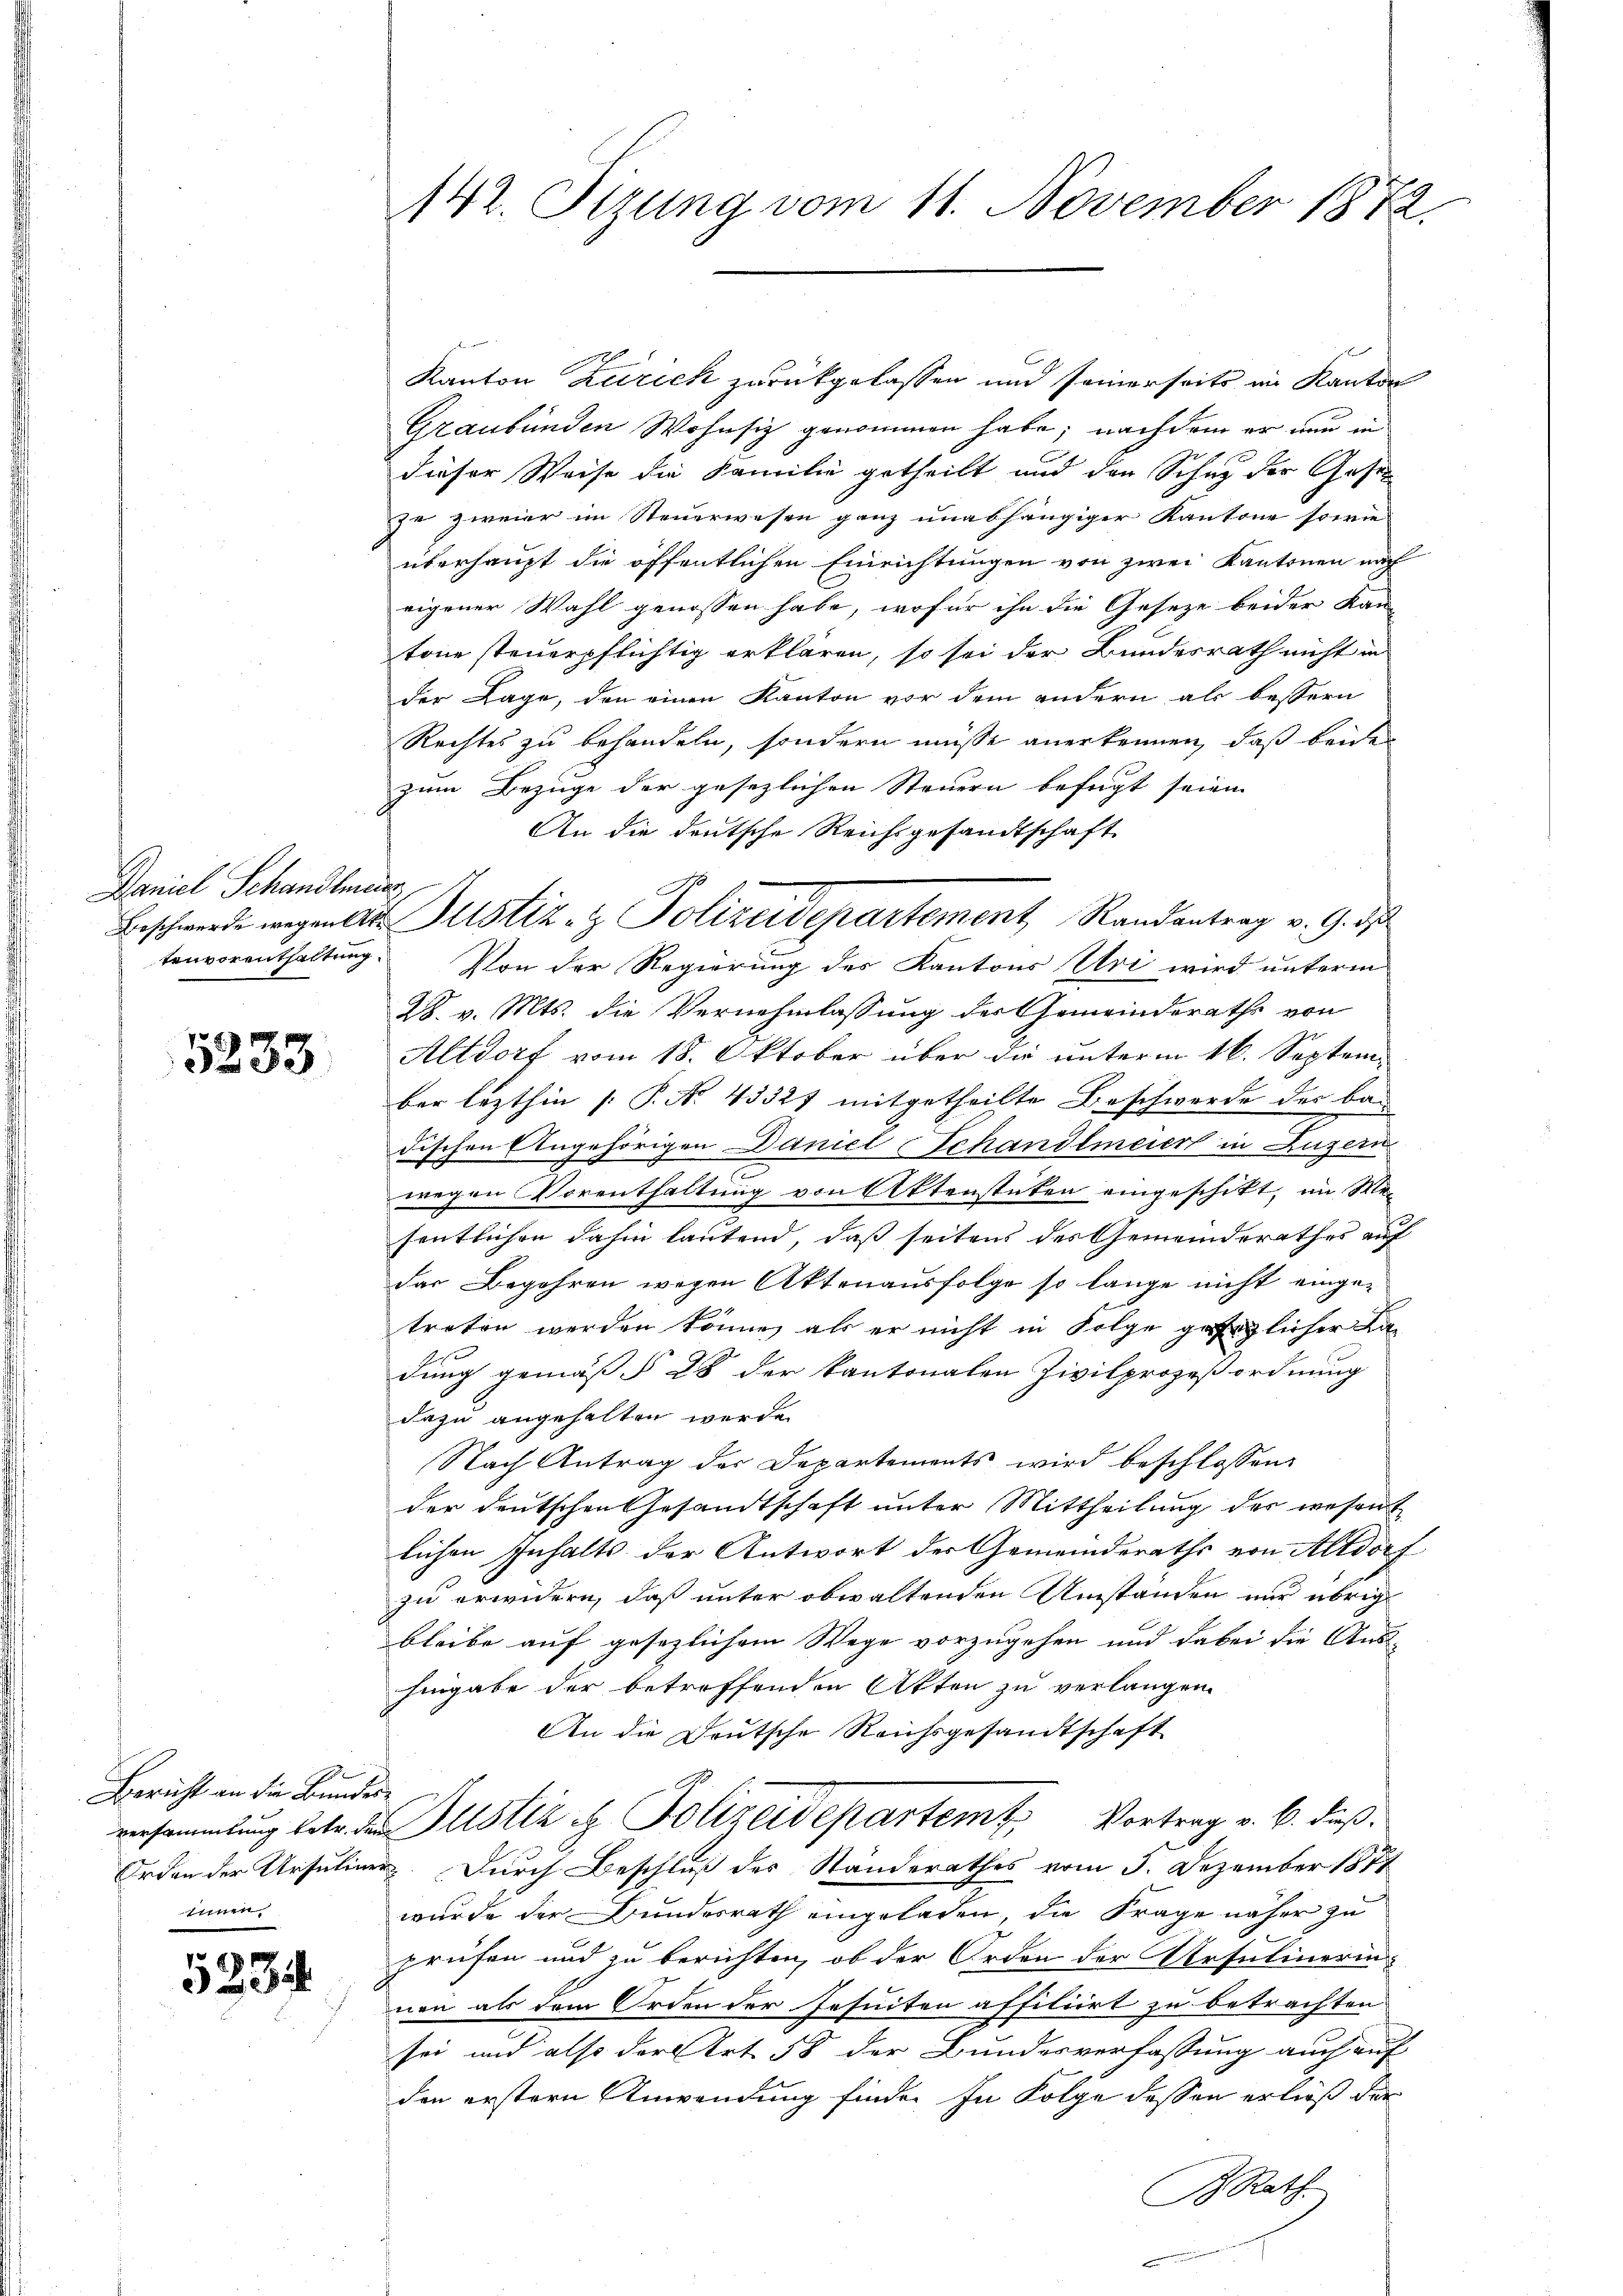
Daniel Schandlung
tenvorenthaltung.

5233.

Bericht an die Bundessimmen.

5234

Kanton Zurick zurückgelassen und seinerseits im Kanton
Graubünden Wohnsiz genommen habe; nachdem er nun in
dieser Weise die Familie getheilt und den Schutz der Geset
ze zweier im Steuerwesen ganz unabhängiger Kantone sowie
überhaupt die öffentlichen Einrichtungen von zwei Kantonen nach
eigener Wahl genossen habe, wofür ihn die Geseze beider Kan
tone steuerpflichtig erklären, so sei der Bundesrath nicht in
der Lage, den einen Kanton vor dem andern als bessern
Rechtes zu behandeln, sondern müsse anerkennen, daß beide
zum Bezuge der gesezlichen Steuern befugt seien.
An die deutsche Reichsgesandtschaft
Von der Regierung des Kantons Uri wird unterm
28. v. Mts. die Vernehmlassung der Gemeinderaths von
Altdorf vom 18. Oktober über die unterm 16. September lezthin (: P. No. 43327 mitgetheilte Beschwerde der ba
dischen Angehörigen Daniel Schandlmeiert in Luzern
.
wegen Vorenthaltung von Aktensteten eingeschikt, im Wesentlichen dahin lautend, daß seitens des Gemeinderathes auf
das Begehren wegen Aktenausfolge so lange nicht eingetreten werden könne, als er nicht in Folge gesezlicher a
dung gemäß § 28 der kantonalen Zivilprozeßordnung
dazu angehalten werde.
Nach Antrag der Departements wird beschlossen:
der deutschen Gesandtschaft unter Mittheilung der wesent
lichen Inhalts der Antwort der Gemeinderaths von Altdorf
zu erwidern, daß unter obwaltenden Umstanden nur übrig
bleibe auf gesezlichem Wege vorzugehen und dabei die Aus-
hingabe der betreffenden Akten zu verlangen
An die Deutsche Reichsgesandtschaft
versammlung betr. der Justiz u. Polizeidepartem Vortrag v. 6. dieß¬
Orden der Ursuliner. Durch Beschluß des Standerathes vom 5. Dezember 1874
wurde der Bundesrath eingeladen, die Frage näher zu
prüfen und zu berichten, ob der Orden der Ursulinerin-
nen als dem Orden der Jesuiten affiliirt zu betrachten
sei und also der Art. 58 der Bundesverfassung auch auf
den erstern Anwendung finde. In Folge dessen erließ der
. Rath.

142. Sizung vom 11. November 1872.

Beschwerde wegendes Justiz- & Polizeidepartement, Randantrag v. 9. de